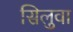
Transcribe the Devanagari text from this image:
सिलुवा